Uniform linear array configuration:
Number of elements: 24
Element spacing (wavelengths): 0.5
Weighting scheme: binomial
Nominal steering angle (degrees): -45
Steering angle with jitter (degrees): -46.38
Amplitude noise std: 0.05
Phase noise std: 0.05

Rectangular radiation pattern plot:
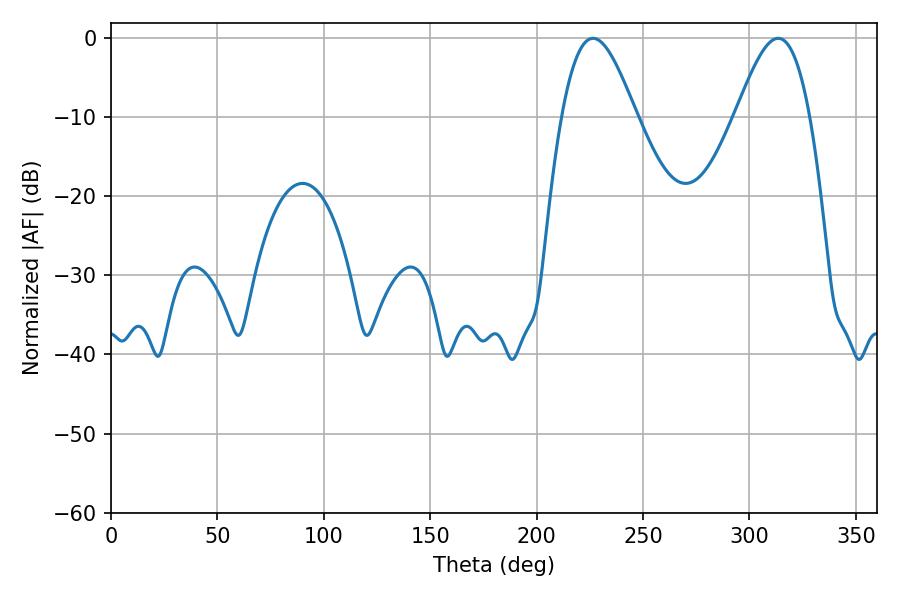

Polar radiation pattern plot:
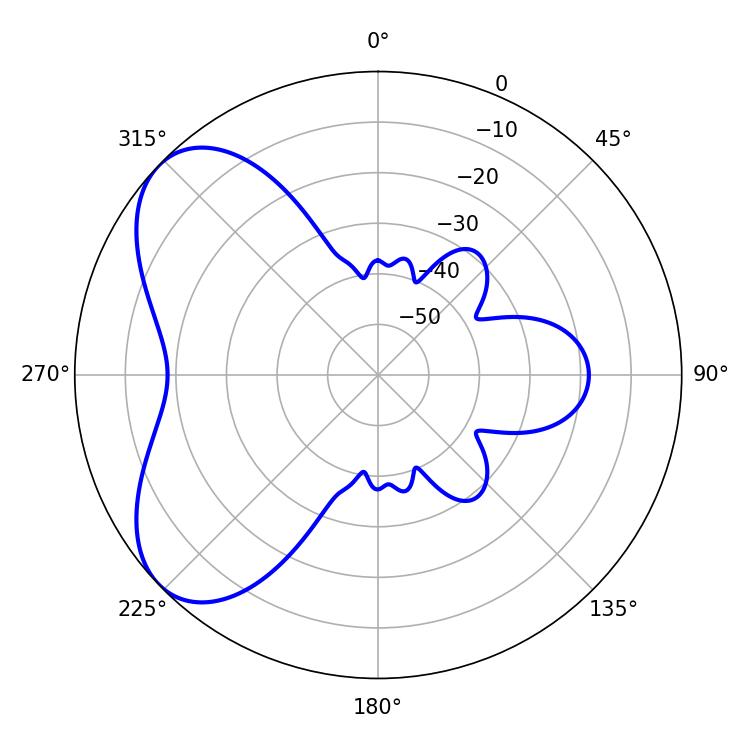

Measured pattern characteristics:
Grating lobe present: FALSE
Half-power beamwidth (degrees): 18.72
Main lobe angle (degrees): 226.44